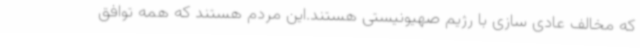
که مخالف عادی سازی با رژیم صهیونیستی هستند.این مردم هستند که همه توافق